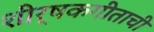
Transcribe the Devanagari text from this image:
शीर्षकगीताची